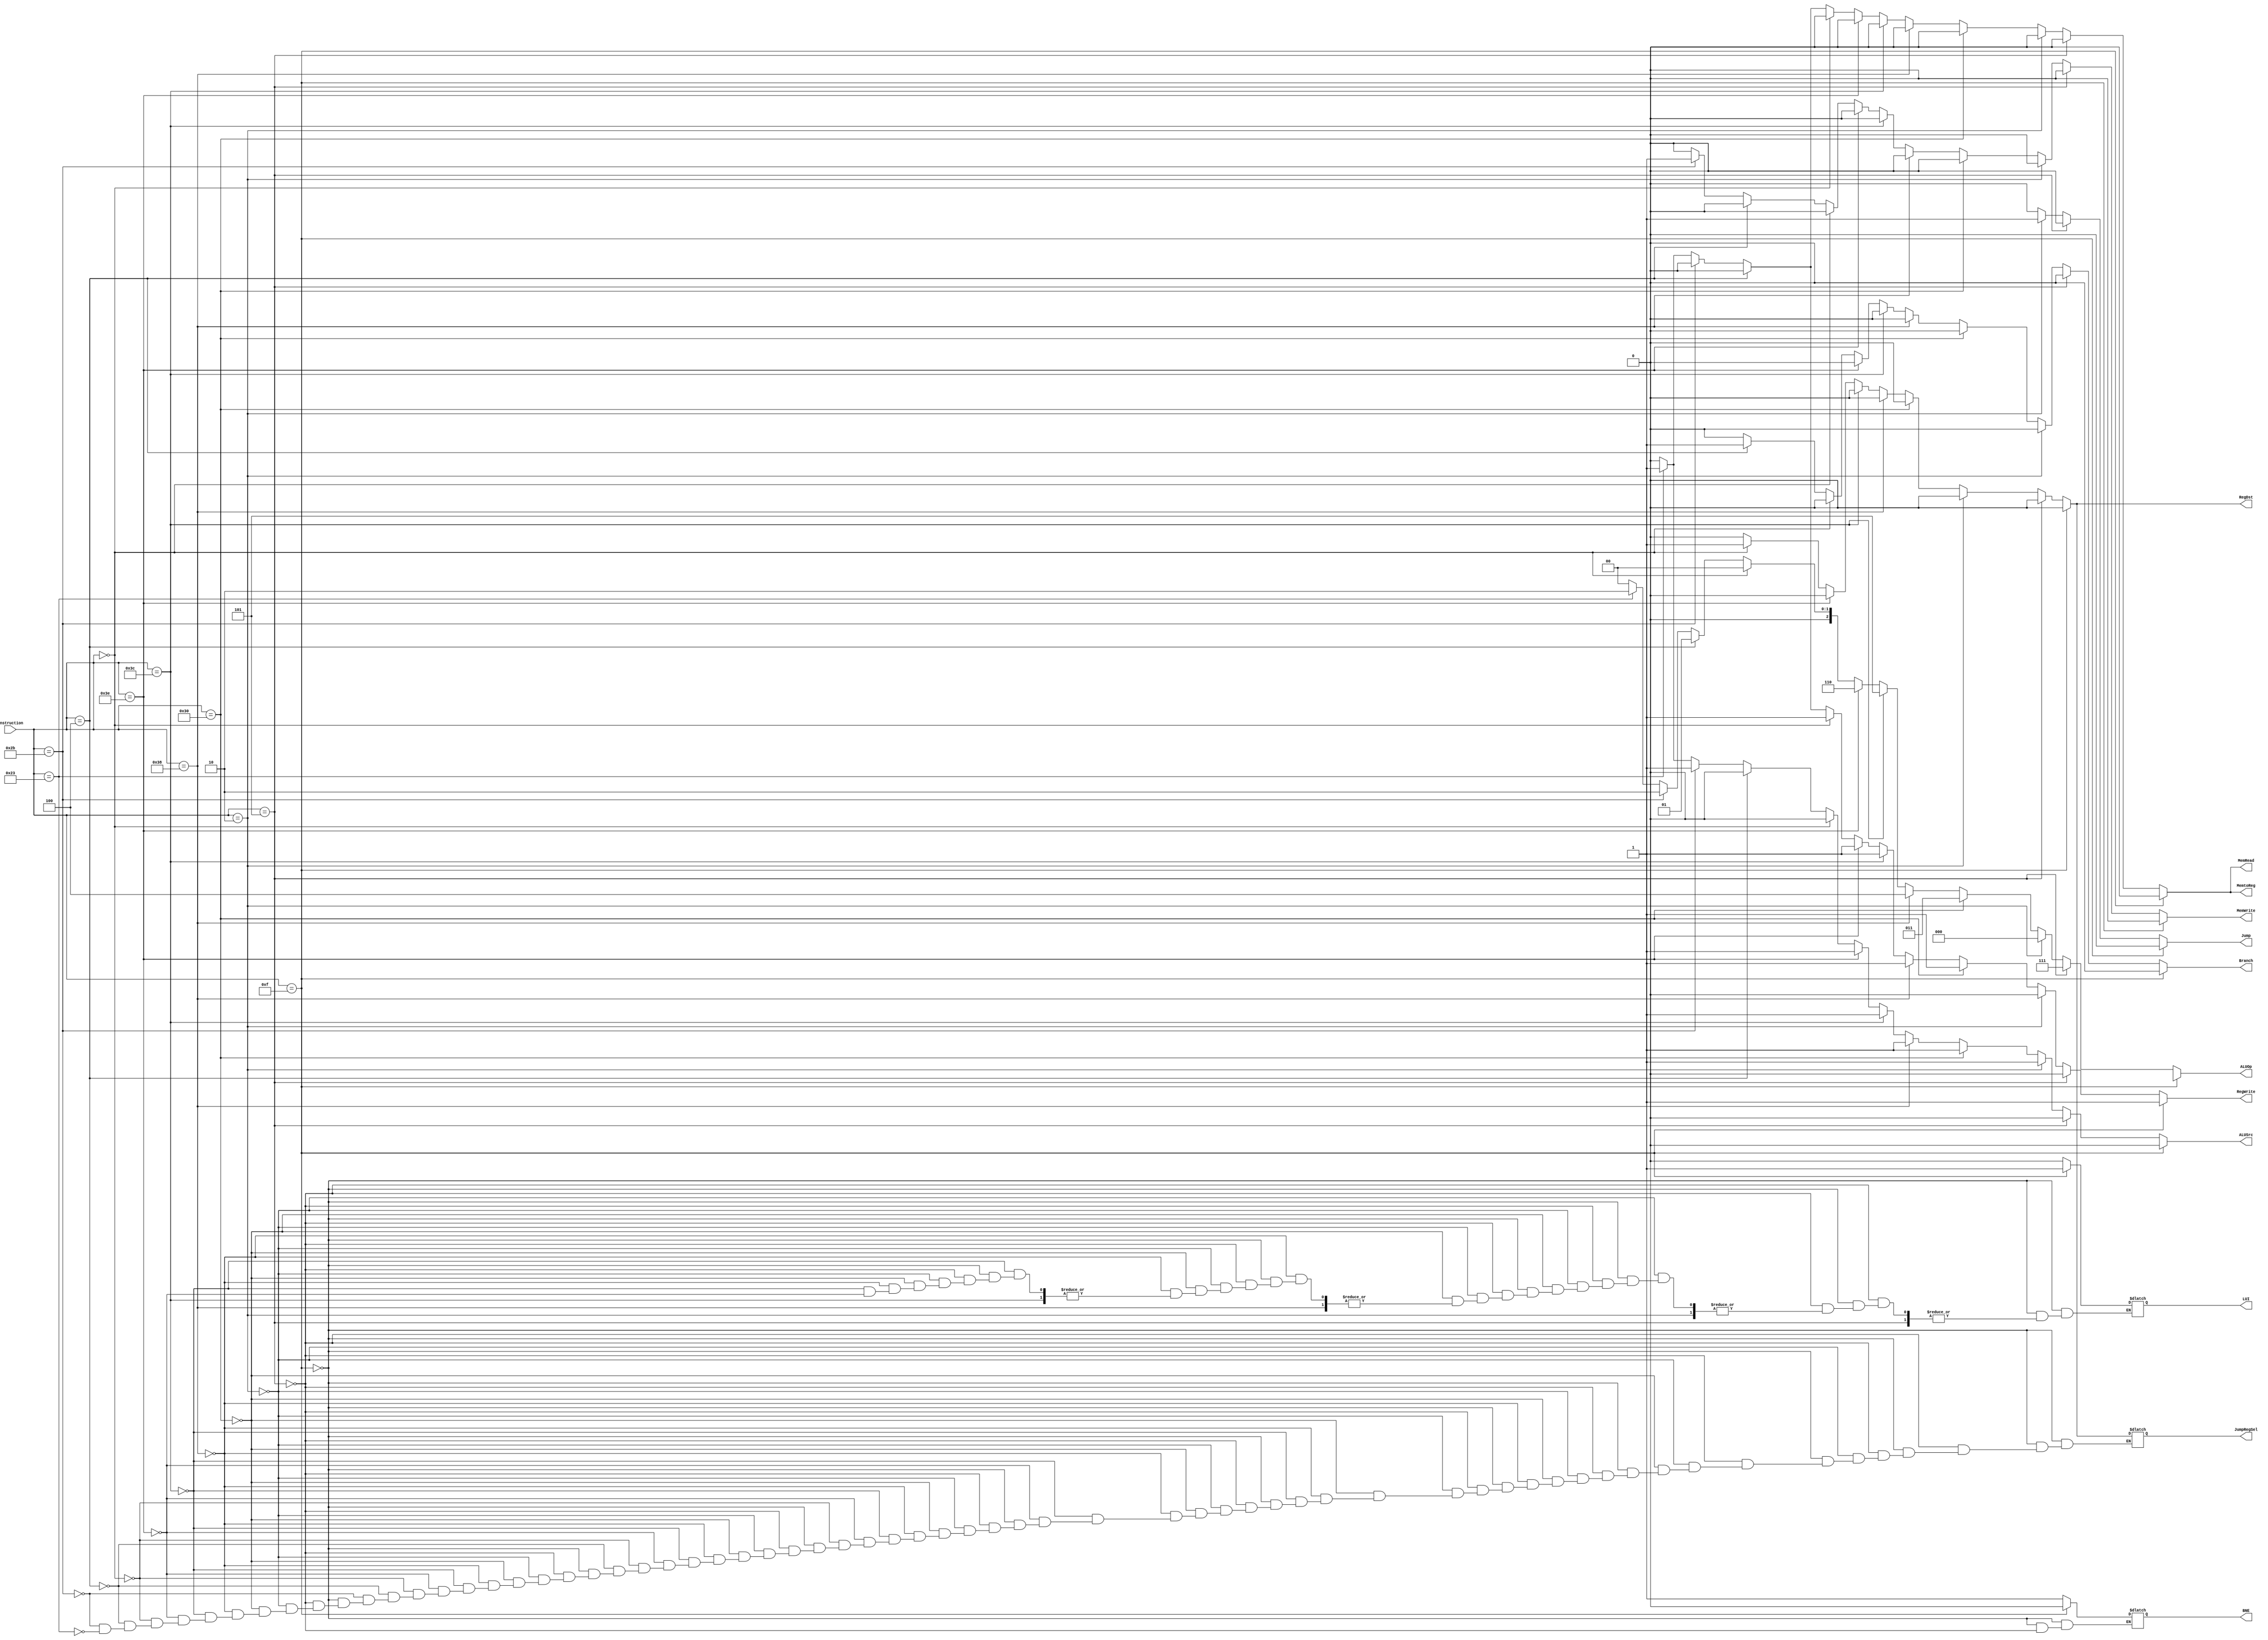
`timescale 1ns / 1ns

module control(
		input [5:0] instruction,
		output reg [2:0] ALUOp,
		output reg MemRead,
		output reg MemtoReg,
		output reg RegDst,
		output reg Branch, 
		output reg ALUSrc,
		output reg MemWrite,
		output reg RegWrite,
		output reg Jump,
		output reg JumpRegSel,
		output reg BNE,
		output reg LUI
		);


always @(*) begin
        if (instruction == 6'b00_1111) begin				                //IType LUI
		ALUOp = 3'bx;                                                       // No ALU Op
		MemRead = 1'b0;
		MemtoReg = 1'b0;
		RegDst = 1'b0;
        Branch = 1'b0;		
	    ALUSrc = 1'b0;
		MemWrite = 1'b0;
		RegWrite = 1'b1;
		Jump = 1'b0;
		JumpRegSel = 1'b0;
		BNE = 1'b0;
		LUI = 1'b1;
        end else if (instruction == 6'b00_0101) begin				                //IType BNE
		ALUOp = 3'b111;
		MemRead = 1'b0;
		MemtoReg = 1'b0;
		RegDst = 1'b0;
        Branch = 1'b0;		
	    ALUSrc = 1'b0;
		MemWrite = 1'b0;
		RegWrite = 1'b0;
		Jump = 1'b0;
		JumpRegSel = 1'b0;
		BNE = 1'b1;
        end else if (instruction == 6'b00_0010) begin				        //JType Jump
		ALUOp = 3'b000;
		MemRead = 1'b0;
		MemtoReg = 1'b0;
		RegDst = 1'b0;
        Branch = 1'b0;		
	    ALUSrc = 1'b1;
		MemWrite = 1'b0;
		RegWrite = 1'b0;
		Jump = 1'b1;
		JumpRegSel = 1'b0;
        end else if (instruction == 6'b11_0000) begin			            //IType SUBI
		ALUOp = 3'b011;
		MemRead = 1'b0;
		MemtoReg = 1'b0;
		RegDst = 1'b0;
        Branch = 1'b0;		
	    ALUSrc = 1'b1;
		MemWrite = 1'b0;
		RegWrite = 1'b1;
		Jump = 1'b0;
		JumpRegSel = 1'b0;
		LUI = 1'b0;
		end else if (instruction == 6'b11_1000) begin		               //IType ANDI
		ALUOp = 3'b100;
		MemRead = 1'b0;
		MemtoReg = 1'b0;
		RegDst = 1'b0;
        Branch = 1'b0;		
	    ALUSrc = 1'b1;
		MemWrite = 1'b0;
		RegWrite = 1'b1;
		Jump = 1'b0;
		JumpRegSel = 1'b0;
	    end else if (instruction == 6'b11_1100) begin			           //IType XORI
		ALUOp = 3'b101;
		MemRead = 1'b0;
		MemtoReg = 1'b0;
		RegDst = 1'b0;
        Branch = 1'b0;		
	    ALUSrc = 1'b1;
		MemWrite = 1'b0;
		RegWrite = 1'b1;
		Jump = 1'b0;
		JumpRegSel = 1'b0;
		end else if (instruction == 6'b11_1110) begin			          //IType SLTIU
		ALUOp = 3'b110;
		MemRead = 1'b0;
		MemtoReg = 1'b0;
		RegDst = 1'b0;
        Branch = 1'b0;		
	    ALUSrc = 1'b1;
		MemWrite = 1'b0;
		RegWrite = 1'b1;
		Jump = 1'b0;
		JumpRegSel = 1'b0;
		LUI = 1'b0;
		end else if (instruction == 6'b00_0000) begin				     //RType
		ALUOp = 3'b00;
		MemRead = 1'b0;
		MemtoReg = 1'b0;
		RegDst = 1'b1;
        Branch = 1'b0;		
	    ALUSrc = 1'b0;
		MemWrite = 1'b0;
		RegWrite = 1'b1;
		Jump = 1'b0;
		JumpRegSel = 1'b1;
		end else if (instruction == 6'b00_0100) begin                     //branch
		ALUOp = 3'b01;
		MemRead = 1'b0;
		MemtoReg = 1'b0;
		RegDst = 1'b0;
        Branch = 1'b1;		
	    ALUSrc = 1'b0;
		MemWrite = 1'b0;
		RegWrite = 1'b0;
		Jump = 1'b0;
		JumpRegSel = 1'b0;
		end else if (instruction == 6'b10_1011) begin                     // sw
		ALUOp = 3'b10;
		MemRead = 1'b0;
		MemtoReg = 1'b0;
		RegDst = 1'b0;
        Branch = 1'b0;		
	    ALUSrc = 1'b1;
		MemWrite = 1'b1;
		RegWrite = 1'b0;
		Jump = 1'b0;
		JumpRegSel = 1'b0;
		end else if (instruction == 6'b10_0011) begin                     // lw
		ALUOp = 3'b10;
		MemRead = 1'b1;
		MemtoReg = 1'b1;
		RegDst = 1'b0;
        Branch = 1'b0;		
	    ALUSrc = 1'b1;
		MemWrite = 1'b0;
		RegWrite = 1'b1;
		Jump = 1'b0;
		JumpRegSel = 1'b0;
		end else begin
		ALUOp = 3'b00;
		MemRead = 1'b0;
		MemtoReg = 1'b0;
		RegDst = 1'b0;
        Branch = 1'b0;		
	    ALUSrc = 1'b0;
		MemWrite = 1'b0;
		RegWrite = 1'b0;
		Jump = 1'b0;
		end
        end
endmodule